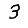
Digit: 3